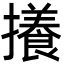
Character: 攁